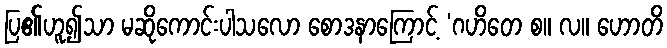
ပြ၏ဟူ၍သာ မဆိုကောင်းပါသလော စောဒနာကြောင့် ‘ဂဟိတေ စ။ လ။ ဟောတိ